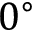
0 ^ { \circ }